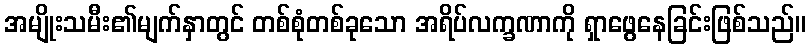
အမျိုးသမီး၏မျက်နှာတွင် တစ်စုံတစ်ခုသော အရိပ်လက္ခဏာကို ရှာဖွေနေခြင်းဖြစ်သည်။